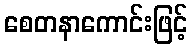
စေတနာကောင်းဖြင့်